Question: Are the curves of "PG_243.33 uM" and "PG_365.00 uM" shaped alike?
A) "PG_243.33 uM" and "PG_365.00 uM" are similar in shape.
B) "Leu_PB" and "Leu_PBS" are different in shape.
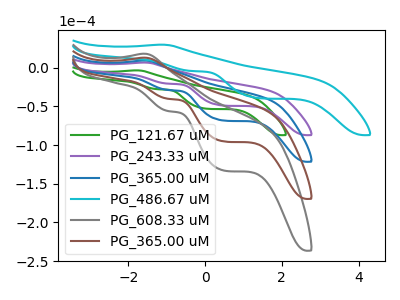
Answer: <think>The green curve "PG_121.67 uM" has an anodic peak at (-1.80V, -3.45uA) and cathodic peaks at (-1.25V, -27.80uA) (0.05V, -53.10uA). The purple curve "PG_243.33 uM" has an anodic peak at (-1.60V, 6.65uA) and cathodic peaks at (-0.95V, -20.65uA) (0.50V, -48.95uA). The blue curve "PG_365.00 uM" has an anodic peak at (-1.60V, 9.30uA) and cathodic peaks at (-0.95V, -28.80uA) (0.50V, -68.30uA). The cyan curve "PG_486.67 uM" has an anodic peak at (-1.15V, 29.75uA) and cathodic peaks at (-0.35V, -4.25uA) (1.45V, -39.55uA). The gray curve "PG_608.33 uM" has an anodic peak at (-1.60V, 27.90uA) and cathodic peaks at (-0.95V, -86.40uA) (0.50V, -204.85uA). The brown curve "PG_365.00 uM" has an anodic peak at (-1.60V, 18.60uA) and cathodic peaks at (-0.95V, -57.60uA) (0.50V, -136.55uA).
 All the peaks in "PG_243.33 uM" have a peak in "PG_365.00 uM" at the same potential. Every peak in "PG_243.33 uM" is lower than every peak in "PG_365.00 uM".</think>
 <answer>A) "PG_243.33 uM" and "PG_365.00 uM" are similar in shape.</answer>
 <eval>A</eval>